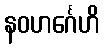
နဝဟင်္ဂေဟိ